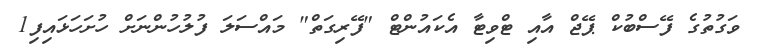
ވަގުތުގެ ފޭސްބުކް ޕޭޖް އާއި ޓްވިޓާ އެކައުންޓް "ފޭރިގަތް" މައްސަލަ ފުލުހުންނަށް ހުށަހަޅައިފި1